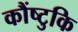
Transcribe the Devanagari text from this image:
कौंष्टुकि